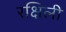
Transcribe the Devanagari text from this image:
रक्षिली